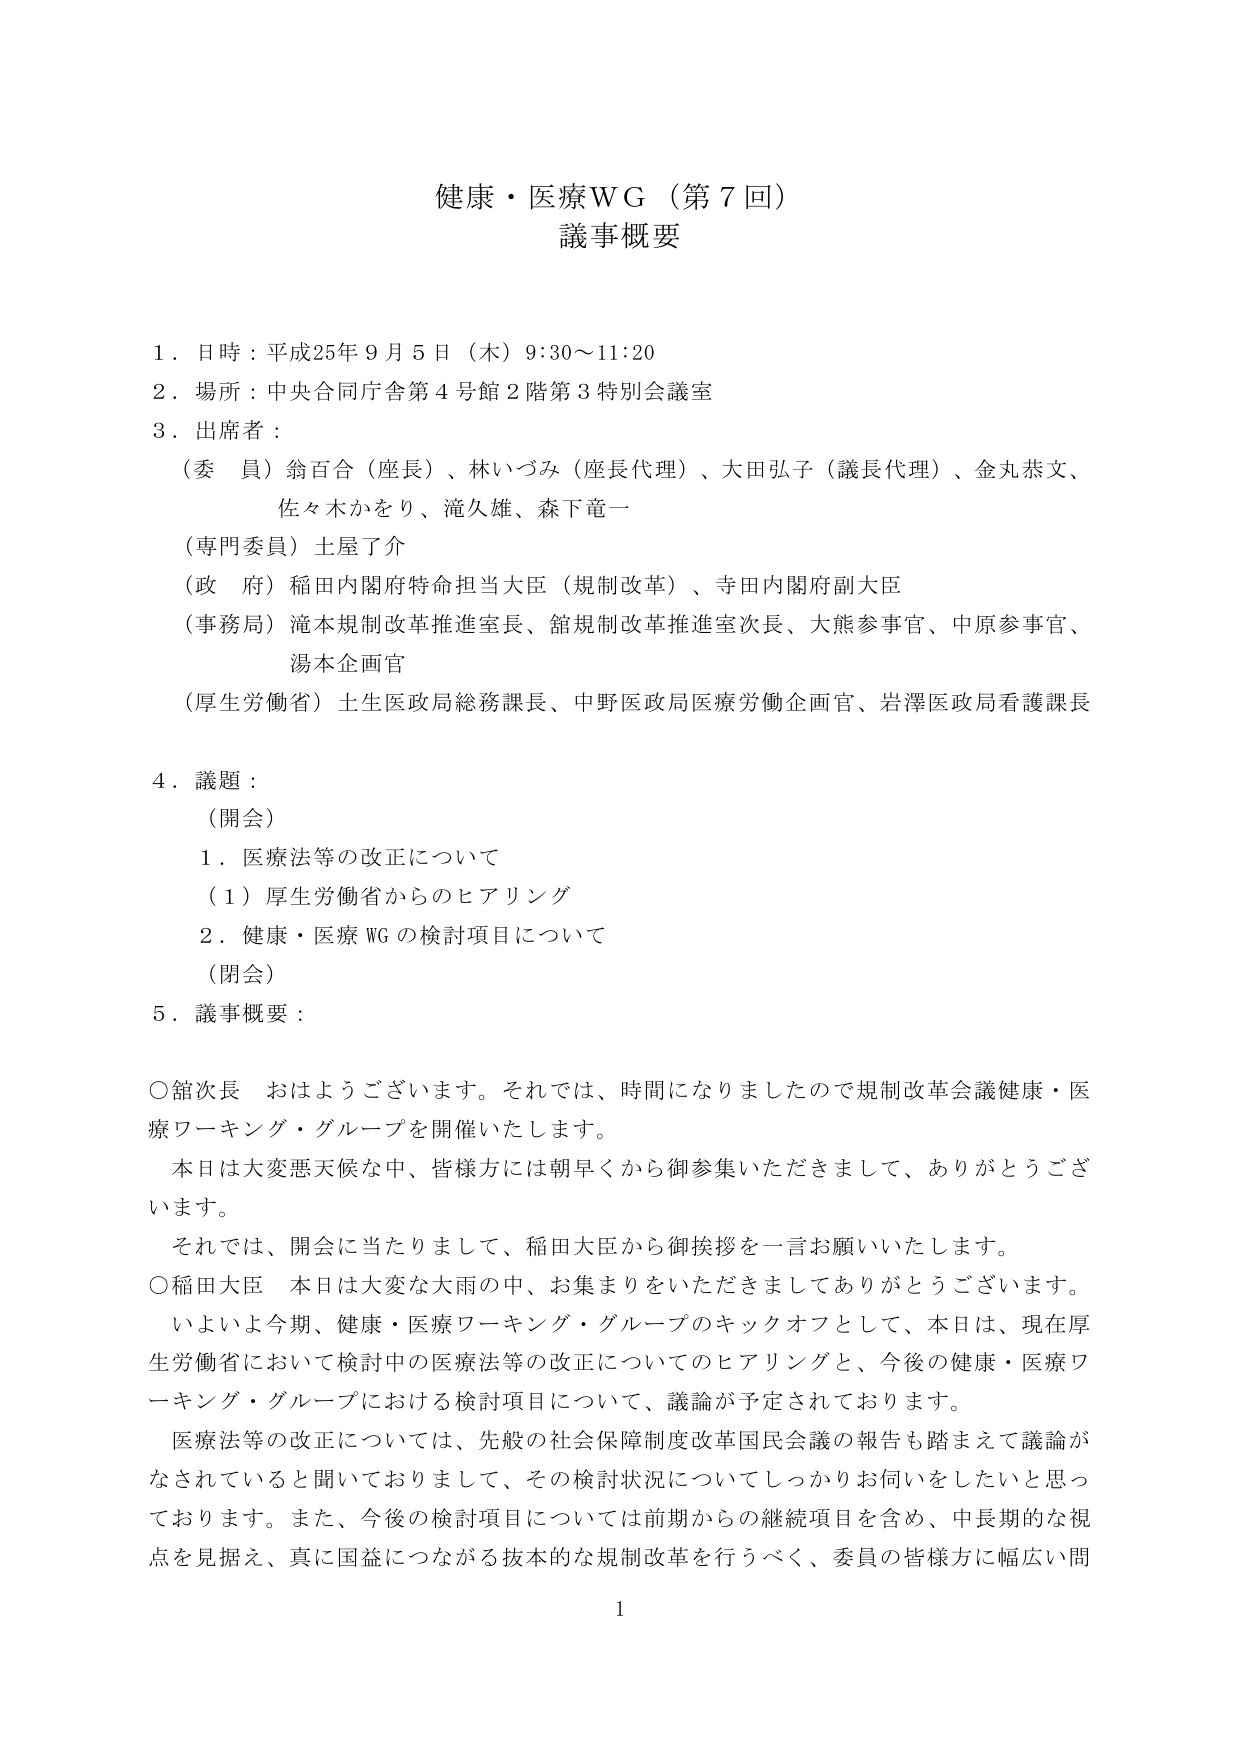
健康・医療ＷＧ（第７回）
議事概要

１．日時：平成25年９月５日（木）9:30～11:20
２．場所：中央合同庁舎第４号館２階第３特別会議室
３．出席者：
　（委員）翁百合（座長）、林いづみ（座長代理）、大田弘子（議長代理）、金丸恭文、
　　　　　佐々木かをり、滝久雄、森下竜一
　（専門委員）土屋了介
　（政府）稲田内閣府特命担当大臣（規制改革）、寺田内閣府副大臣
　（事務局）滝本規制改革推進室長、舘規制改革推進室次長、大熊参事官、中原参事官、
　　　　　湯本企画官
　（厚生労働省）土生医政局総務課長、中野医政局医療労働企画官、岩澤医政局看護課長

４．議題：
　（開会）
　　１．医療法等の改正について
　　　（１）厚生労働省からのヒアリング
　　２．健康・医療ＷＧの検討項目について
　（閉会）

５．議事概要：

○舘次長　おはようございます。それでは、時間になりましたので規制改革会議健康・医療ワーキング・グループを開催いたします。
　本日は大変悪天候な中、皆様方には朝早くから御参集いただきまして、ありがとうございます。
　それでは、開会に当たりまして、稲田大臣から御挨拶を一言お願いいたします。

○稲田大臣　本日は大変な大雨の中、お集まりをいただきましてありがとうございます。
　いよいよ今期、健康・医療ワーキング・グループのキックオフとして、本日は、現在厚生労働省において検討中の医療法等の改正についてのヒアリングと、今後の健康・医療ワーキング・グループにおける検討項目について、議論が予定されております。
　医療法等の改正については、先般の社会保障制度改革国民会議の報告も踏まえて議論がなされていると聞いておりまして、その検討状況についてしっかりお伺いをしたいと思っております。また、今後の検討項目については前期からの継続項目を含め、中長期的な視点を見据え、真に国益につながる抜本的な規制改革を行うべく、委員の皆様方に幅広い問

1